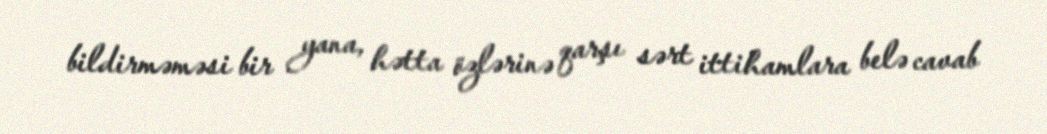
bildirməməsi bir yana, hətta özlərinə qarşı sərt ittihamlara belə cavab